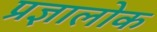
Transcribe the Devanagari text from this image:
प्रज्ञालोक